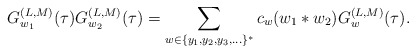
\begin{align*}G^{(L,M)}_{w_1}(\tau) G^{(L,M)}_{w_2}(\tau) = \sum_{w\in\{y_1,y_2,y_3,\ldots\}^*} c_w (w_1\ast w_2) G^{(L,M)}_w(\tau) .\end{align*}